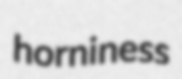
horniness